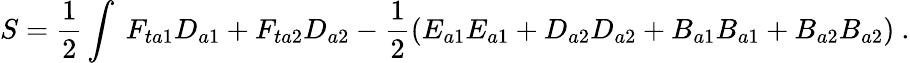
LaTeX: S=\frac{1}{2}\int\ F_{ta1}D_{a1}+F_{ta2}D_{a2}-\frac{1}{2}(E_{a1}E_{a1}+D_{a2}D_{a2}+B_{a1}B_{a1}+B_{a2}B_{a2})\ .